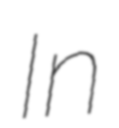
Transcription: In